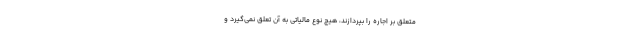
متعلق بر اجاره را بپردازند، هیچ نوع مالیاتی به آن تعلق نمی‌گیرد و